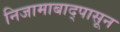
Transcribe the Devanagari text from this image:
निजामाबाद्पासून